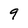
Character: 9